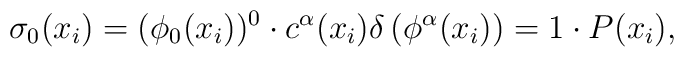
\sigma_{0}(x_{i}) = (\phi_{0}(x_{i}))^{0}\cdot c^{\alpha}(x_{i})  \delta\left(\phi^{\alpha}(x_{i})\right)  = 1\cdot P(x_{i}),